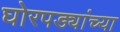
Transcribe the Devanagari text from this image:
घोरपड्यांच्या